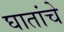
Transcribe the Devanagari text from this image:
घातांचे